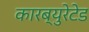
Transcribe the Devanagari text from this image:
कारब्युरेटेड